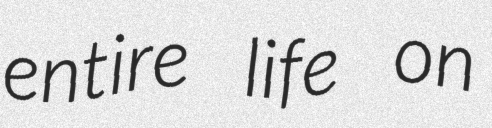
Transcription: entire life on